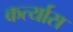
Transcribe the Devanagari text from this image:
कर्त्यास